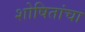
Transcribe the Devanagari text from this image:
शोषितांचा